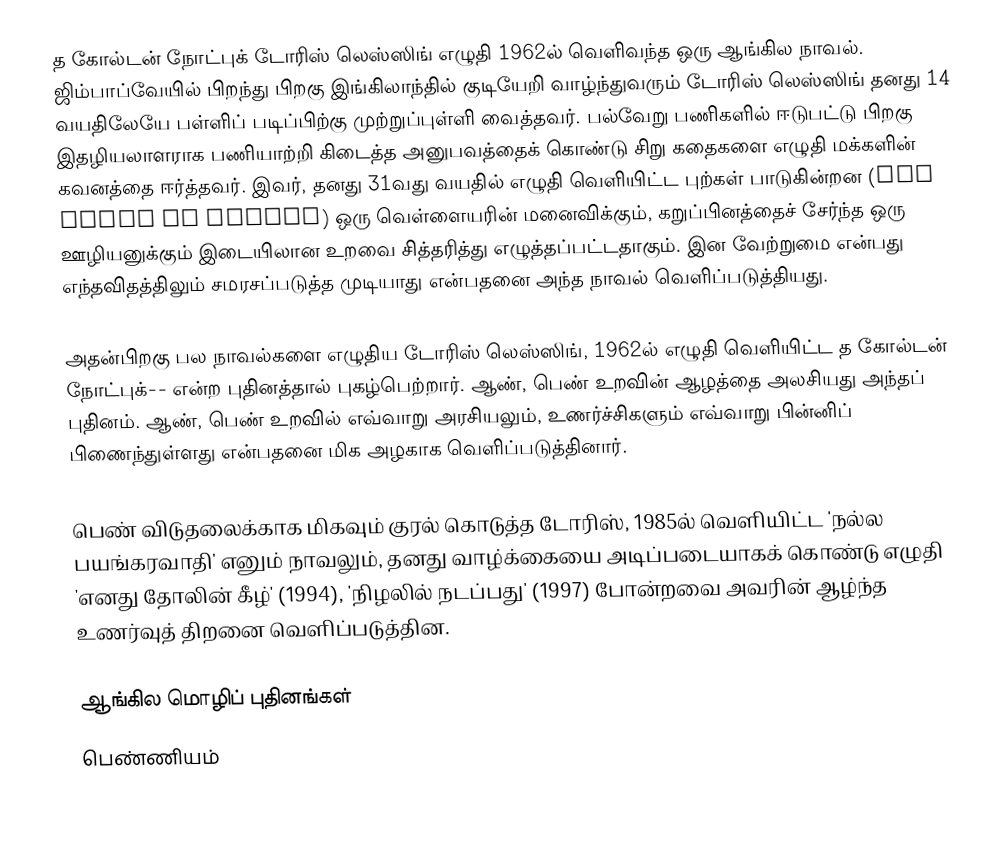
த கோல்டன் நோட்புக்  டோரிஸ் லெஸ்ஸிங் எழுதி 1962ல் வெளிவந்த ஒரு ஆங்கில நாவல். ஜிம்பாப்வேயில் பிறந்து பிறகு இங்கிலாந்தில் குடியேறி வாழ்ந்துவரும் டோரிஸ் லெஸ்ஸிங் தனது 14 வயதிலேயே பள்ளிப் படிப்பிற்கு முற்றுப்புள்ளி வைத்தவர். பல்வேறு பணிகளில் ஈடுபட்டு பிறகு இதழியலாளராக பணியாற்றி கிடைத்த அனுபவத்தைக் கொண்டு சிறு கதைகளை எழுதி மக்களின் கவனத்தை ஈர்த்தவர். இவர், தனது 31வது வயதில் எழுதி வெளியிட்ட புற்கள் பாடுகின்றன (The Grass is Singng) ஒரு வெள்ளையரின் மனைவிக்கும், கறுப்பினத்தைச் சேர்ந்த ஒரு ஊழியனுக்கும் இடையிலான உறவை சித்தரித்து எழுத்தப்பட்டதாகும். இன வேற்றுமை என்பது எந்தவிதத்திலும் சமரசப்படுத்த முடியாது என்பதனை அந்த நாவல் வெளிப்படுத்தியது.

அதன்பிறகு பல நாவல்களை எழுதிய டோரிஸ் லெஸ்ஸிங், 1962ல் எழுதி வெளியிட்ட த கோல்டன் நோட்புக்-- என்ற புதினத்தால் புகழ்பெற்றார். ஆண், பெண் உறவின் ஆழத்தை அலசியது அந்தப் புதினம். ஆண், பெண் உறவில் எவ்வாறு அரசியலும், உணர்ச்சிகளும் எவ்வாறு பின்னிப் பிணைந்துள்ளது என்பதனை மிக அழகாக வெளிப்படுத்தினார்.

பெண் விடுதலைக்காக மிகவும் குரல் கொடுத்த டோரிஸ், 1985ல் வெளியிட்ட 'நல்ல பயங்கரவாதி' எனும் நாவலும், தனது வாழ்க்கையை அடிப்படையாகக் கொண்டு எழுதி 'எனது தோலின் கீழ்' (1994), 'நிழலில் நடப்பது' (1997) போன்றவை அவரின் ஆழ்ந்த உணர்வுத் திறனை வெளிப்படுத்தின.

ஆங்கில மொழிப் புதினங்கள்
பெண்ணியம்